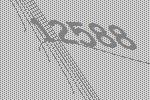
12588